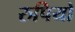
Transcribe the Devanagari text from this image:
रुपियो